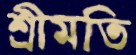
শ্রীমতি